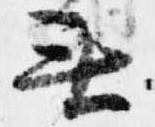
無